Scottish Leaving Certificate Examination, 1959
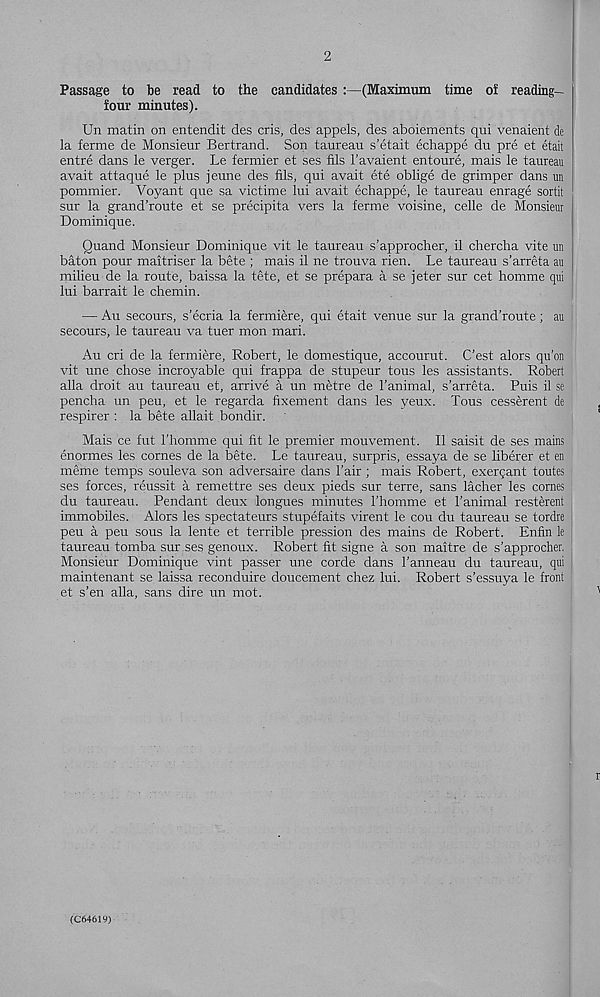
2
Passage to be read to the candidates :—(Maximum time of reading-
four minutes).
Un matin on entendit des cris, des appels, des aboiements qui venaient de
la ferme de Monsieur Bertrand. Son taureau s’etait echappe du pre et etait
entre dans le verger. Le fermier et ses fils I’avaient entoure, mais le taureau
avait attaque le plus jeune des fils, qui avait ete oblige de grimper dans un
pommier. Voyant que sa victime lui avait echappe, le taureau enrage sortit
sur la grand’route et se precipita vers la ferme voisine, celle de Monsieur
Dominique.
Quand Monsieur Dominique vit le taureau s’approcher, il chercha vite un
baton pour maitriser la bete ; mais il ne trouva rien. Le taureau s’arreta au
milieu de la route, baissa la tete, et se prepara a se jeter sur cet homme qui
lui barrait le chemin.
— Au secours, s’ecria la fermiere, qui etait venue sur la grand’route ; au
secours, le taureau va tuer mon mari.
Au cri de la fermiere, Robert, le domestique, accourut. C’est alors qu’on
vit une chose incroyable qui frappa de stupeur tous les assistants. Robert
alia droit au taureau et, arrive a un metre de I’animal, s’arreta. Puis il se
pencha un peu, et le regarda fixement dans les yeux. Tous cesserent de
respirer : la bete allait bondir.
Mais ce fut I’homme qui fit le premier mouvement. Il saisit de ses mains
enormes les cornes de la bete. Le taureau, surpris, essaya de se liberer et en
meme temps souleva son adversaire dans 1’air ; mais Robert, exergant toutes
ses forces, reussit a remettre ses deux pieds sur terre, sans lacher les cornes
du taureau. Pendant deux longues minutes I’homme et I’animal resterent
immobiles. Alors les spectateurs stupefaits virent le cou du taureau se tordre
peu a peu sous la lente et terrible pression des mains de Robert. Enfin le
taureau tomba sur ses genoux. Robert fit signe a son maitre de s’approcher.
Monsieur Dominique vint passer une corde dans 1’anneau du taureau, qni
maintenant se laissa reconduire doucement chez lui. Robert s’essuya le front
et s’en alia, sans dire un mot.
(C64619)